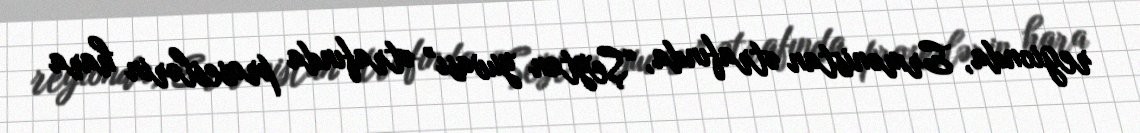
regionda, Ermənistan ətrafında, “Şeytan yuvası” ətrafında proseslərin hara